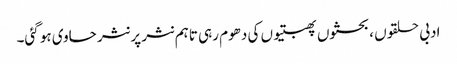
ادبی حلقوں ، بحثوں پھبتیوں کی دھوم رہی تاہم نثر پر نثر حاوی ہو گئی۔